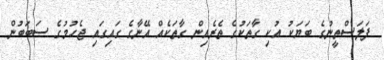
ފަލަސްތީނުގެ ބަޔަކު އުކި ގާތަކުގެ ތެރެއިން ގާތަކެއް އޭނާގެ ގައިގައި ޖެހުމުގެ ސަބަބުން